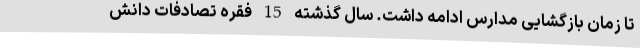
تا زمان بازگشایی مدارس ادامه داشت. سال گذشته 15 فقره تصادفات دانش